Medical and sanitary report of the native army of Bengal for the year
Year: 1877
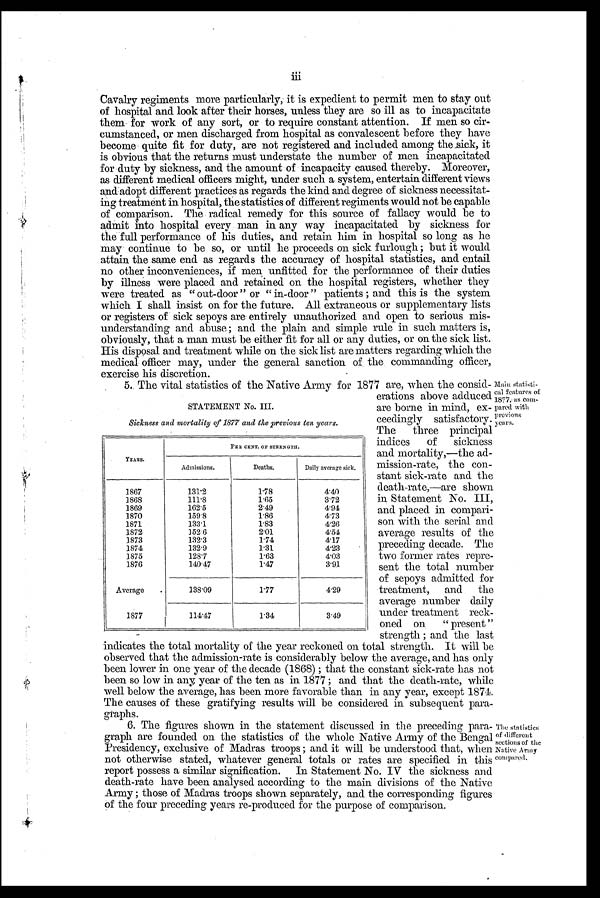
III
Cavalry regiments more particularly, it is expedient to permit men to stay out
of hospital and. look after their horses, unless they are so ill as to incapacitate
them for work of any sort, or to require constant attention. If men so cir-
cumstanced, or men discharged from hospital as convalescent before they have
become quite fit for duty, are not registered and included among the sick, it
is obvious that the returns must understate the number of men incapacitated
for duty by sickness, and the amount of incapacity caused thereby. Moreover,
as different medical officers might, under such a system, entertain different views
and adopt different practices as regards the kind and degree of sickness necessitat-
ing treatment in hospital, the statistics of different regiments would not be capable
of comparison. The radical remedy for this source of fallacy would be to
admit into hospital every man in any way incapacitated by sickness for
the full performance of his duties, and retain him in hospital so long as he
may continue to be so, or until he proceeds on sick furlough ; but it would
attain the same end as regards the accuracy of hospital statistics, and entail
no other inconveniences, if men unfitted for the performance of their duties
by illness were placed and retained on the hospital registers, whether they
were treated as " out-door " or " in-door " patients ; and this is the system
which I shall insist on for the future. All extraneous or supplementary lists
or registers of sick sepoys are' entirely unauthorized and open to serious mis-
understanding and abuse ; and the plain and simple rule in. such matters is,
obviously, that a man must be either fit for all or any duties, or on the sick list
His disposal and treatment while on the sick list are matters regarding, which the
medical officer may, under the general sanction of the commanding officer
exercise his discretion.
5. The vital statistics of the Native Army for 1877 are, when the consid-
STATEMENT No. III.
Sickness and mortality of 1877 and the previous ten years.
PER CENT. OF STRENGTIH.
YEARS.
Admissions.
Deaths.
Daily average sick.
1867
131.2
1.78
4.40
1868
111.8
1.65
3.72
1869
162.5
2.49
4.94
1870
159.8
1.86
4.73
1871
133.1
1.83
4.26
1872
352.6
2.01
4.54
1873
132.3
1.74
4.17
1874
132.9
1.31
4.23
'
1875
128.7
1.63
4.03
1876
140.47
1.47
3.91
Average
.
138.09
1.77
4.29
1 8 7 7
I
114.47
1.34
3.49
indicates the total mortality of the year reckoned on total strength. It will be
observed that the admission-rate is considerably below the average, and has only
been lower in one year of the decade (1868) ; that the constant sick-rate has not
been so low in any, year of the ten as in 1877 ; and that the death-rate, while
well below the average, has been more favorable than in any year, except 1874.
The causes of these gratifying results will be considered in subsequent para-
graphs.
6. The figures shown in the statement discussed in the preceding para-
graph are founded on the statistics of the whole Native Army of the Bengal
Presidency, exclusive of Madras troops ; and it will be understood that, when
not otherwise stated, whatever general totals or rates are specified in this
report possess a similar signification. In Statement No. IV the sickness and
death-rate have been analysed according to the main divisions of the Native
Army ; those of Madras troops shown separately, and the corresponding figures
of the four preceding years re-produced for the purpose of comparison.
the statistics
of different
sections of the
Native Army
Main statisti-
erations above addueced cal tl4eattsurecosmo.i
are borne in mind, ex- pared with
ceedingly satisfactory
The three principal
indices
of sickness
and mortality,-the ad-
mission-rate, the con-
stant sick-rate and the
death-rate,-are shown
in Statement No. III,
and placed in compari-
son with the serial and
average results of the
preceding decade. The
two former rates repr e-
sent the total numbei
of sepoys admitted foi
treatment, and the
average number daily
under treatment reck-
oned on
" p r e s e n t "
strength ; and the last